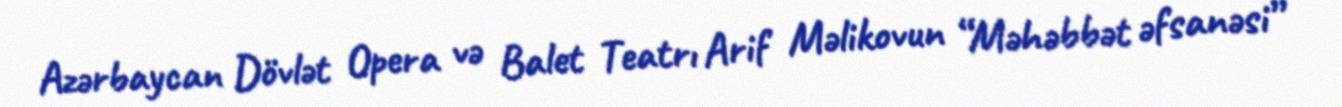
Azərbaycan Dövlət Opera və Balet Teatrı Arif Məlikovun “Məhəbbət əfsanəsi”